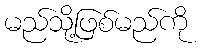
မည်သို့ဖြစ်မည်ကို